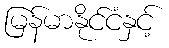
မြန်မာနိုင်ငံနှင့်